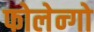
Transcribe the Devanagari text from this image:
फोलेन्गो